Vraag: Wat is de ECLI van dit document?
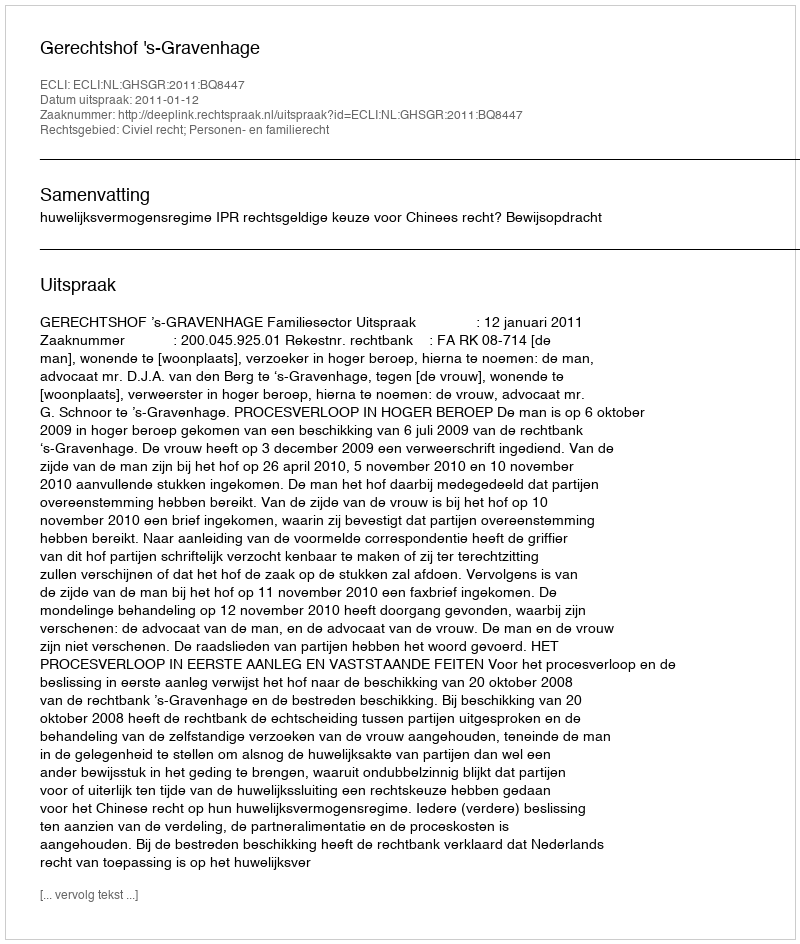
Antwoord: ECLI:NL:GHSGR:2011:BQ8447